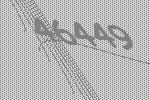
46449